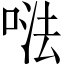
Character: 𠵽